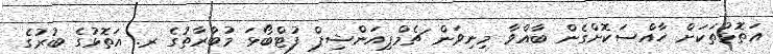
އަތޮޅުތަކަށް ހާއްސަކޮށްގެން ބާއްވާ މިނިވަން ޗެމްޕިއަންޝިޕް ފުޓްބޯޅަ މުބާރާތުގެ ރ. އަތޮޅުގެ ބުރުގެ